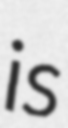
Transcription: is